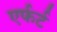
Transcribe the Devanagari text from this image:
एर्फर्ट